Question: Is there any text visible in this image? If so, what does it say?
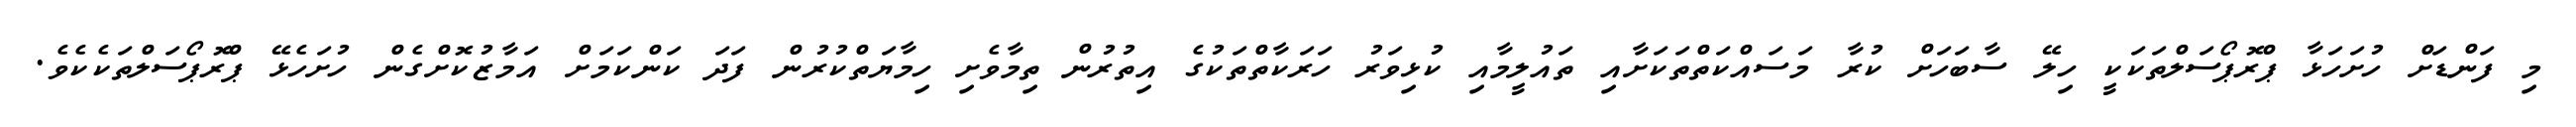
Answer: މި ފަންޑަށް ހުށަހަޅާ ޕްރޮޕޯސަލްތަކަކީ ހިލޭ ސާބަހަށް ކުރާ މަސައްކަތްތަކަށާއި ތައުލީމާއި ކުޅިވަރު ހަރަކާތްތަކުގެ އިތުރުން ތިމާވެށި ހިމާޔަތްކުރުން ފަދަ ކަންކަމަށް އަމާޒުކޮށްގެން ހުށަހެޅޭ ޕްރޮޕޯސަލްތަކެކެވެ.